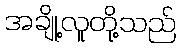
အချို့လူတို့သည်